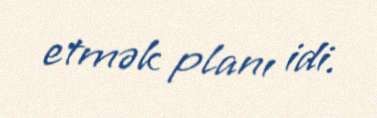
etmək planı idi.